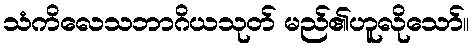
သံကိလေသဘာဂိယသုတ် မည်၏ဟူလိုသော်။